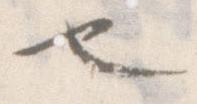
也